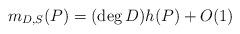
LaTeX: \begin{align*}m_{D,S}(P)=(\deg D)h(P)+O(1)\end{align*}